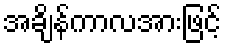
အချိန်ကာလအားဖြင့်